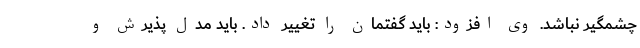
چشمگیر نباشد. وی افزود: باید گفتمان را تغییر داد. باید مدل پذیرش و